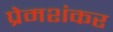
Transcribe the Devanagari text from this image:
प्रेमशंकर